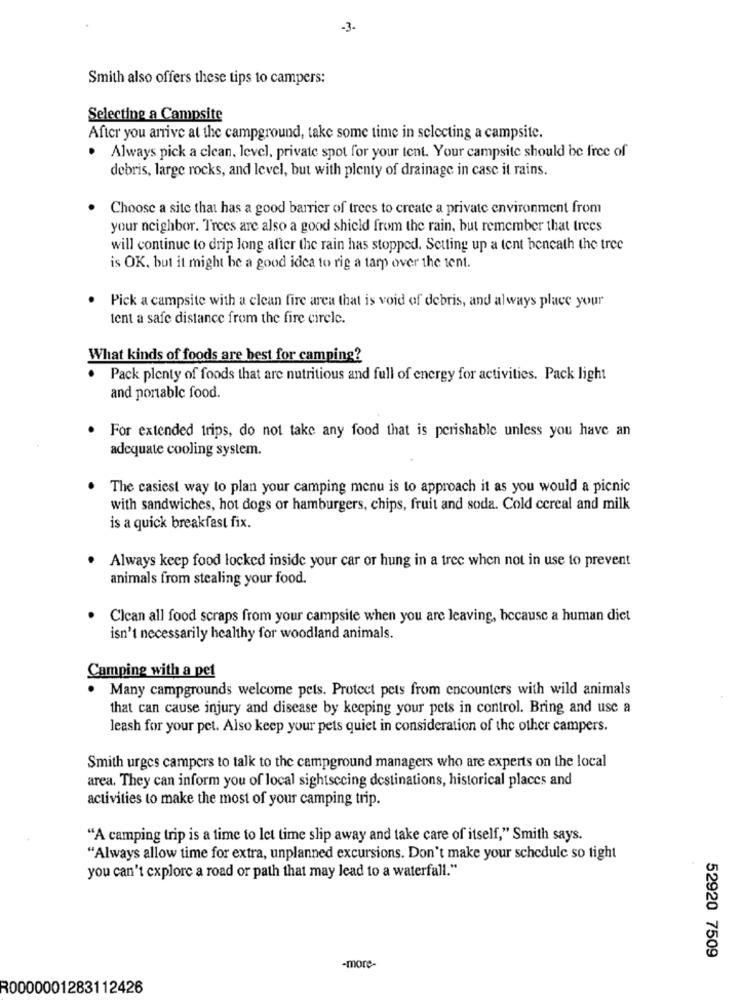
-3.
Smith also offers these tips to campers:
Selecting a Campsite
After you arrive at the campground, take some time in selecting a campsite.
.
Always pick a clean, level, private spot for your tent. Your campsite should be free of
debris, large rocks, and level, but with plenty of drainage in case it rains.
Choose a site that has a good barrier of trees to create a private environment from
your neighbor. Trees are also a good shield from the rain, but remember that trees
will continue to drip long after the rain has stopped. Setting up a tent beneath the tree
is OK, but it might be a good idea to rig a tarp over the tent.
Pick a campsite with a clean fire area that is void of debris, and always place your
tent a safe distance from the fire circle.
What kinds of foods are best for camping?
. Pack plenty of foods that are nutritious and full of energy for activities. Pack light
and portable food.
. For extended trips, do not take any food that is perishable unless you have an
adequate cooling system.
The casiest way to plan your camping menu is to approach it as you would a picnic
with sandwiches, hot dogs or hamburgers, chips, fruit and soda. Cold cereal and milk
is a quick breakfast fix.
Always keep food locked inside your car or hung in a tree when not in use to prevent
animals from stealing your food.
· Cican all food scraps from your campsite when you are leaving, because a human diet
isn't necessarily healthy for woodland animals.
Camping with a pet
. Many campgrounds welcome pets. Protect pets from encounters with wild animals
that can cause injury and disease by keeping your pets in control. Bring and use a
leash for your pet. Also keep your pets quiet in consideration of the other campers.
Smith urges campers to talk to the campground managers who are experts on the local
area. They can inform you of local sightsccing destinations, historical places and
activities to make the most of your camping trip.
"A camping trip is a time to let time slip away and take care of itself," Smith says.
"Always allow time for extra, unplanned excursions. Don't make your schedule so tight
you can't explore a road or path that may lead to a waterfall."
52920 7509
-more-
R0000001283112426